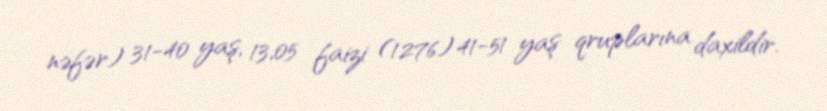
nəfər) 31-40 yaş, 13,05 faizi (1276) 41-51 yaş qruplarına daxildir.